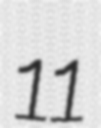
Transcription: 11